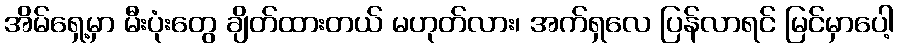
အိမ်ရှေ့မှာ မီးပုံးတွေ ချိတ်ထားတယ် မဟုတ်လား၊ အက်ရှလေ ပြန်လာရင် မြင်မှာပေါ့